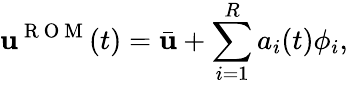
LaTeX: \mathbf{u}^{\mathrm{~R~O~M~}}(t)=\bar{\mathbf{u}}+\sum_{i=1}^{R}a_{i}(t)\phi_{i},